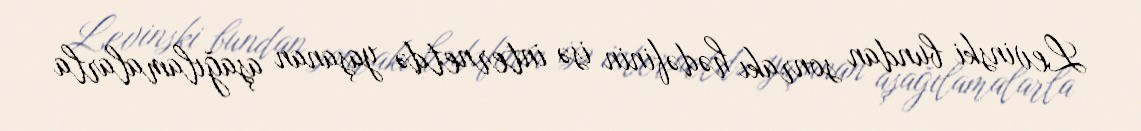
Levinski bundan sonrakı hədəfinin isə internetdə yaşanan aşağılamalarla